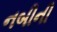
નબીની